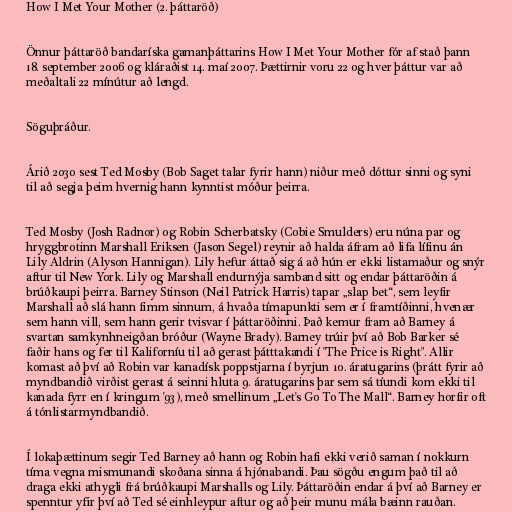
How I Met Your Mother (2. þáttaröð)

Önnur þáttaröð bandaríska gamanþáttarins How I Met Your Mother fór af stað þann
18. september 2006 og kláraðist 14. maí 2007. Þættirnir voru 22 og hver þáttur var að
meðaltali 22 mínútur að lengd.

Söguþráður.

Árið 2030 sest Ted Mosby (Bob Saget talar fyrir hann) niður með dóttur sinni og syni
til að segja þeim hvernig hann kynntist móður þeirra.

Ted Mosby (Josh Radnor) og Robin Scherbatsky (Cobie Smulders) eru núna par og
hryggbrotinn Marshall Eriksen (Jason Segel) reynir að halda áfram að lifa lífinu án
Lily Aldrin (Alyson Hannigan). Lily hefur áttað sig á að hún er ekki listamaður og snýr
aftur til New York. Lily og Marshall endurnýja samband sitt og endar þáttaröðin á
brúðkaupi þeirra. Barney Stinson (Neil Patrick Harris) tapar „slap bet“, sem leyfir
Marshall að slá hann fimm sinnum, á hvaða tímapunkti sem er í framtíðinni, hvenær
sem hann vill, sem hann gerir tvisvar í þáttaröðinni. Það kemur fram að Barney á
svartan samkynhneigðan bróður (Wayne Brady). Barney trúir því að Bob Barker sé
faðir hans og fer til Kaliforníu til að gerast þátttakandi í "The Price is Right". Allir
komast að því að Robin var kanadísk poppstjarna í byrjun 10. áratugarins (þrátt fyrir að
myndbandið virðist gerast á seinni hluta 9. áratugarins þar sem sá tíundi kom ekki til
kanada fyrr en í kringum '93), með smellinum „Let's Go To The Mall“. Barney horfir oft
á tónlistarmyndbandið.

Í lokaþættinum segir Ted Barney að hann og Robin hafi ekki verið saman í nokkurn
tíma vegna mismunandi skoðana sinna á hjónabandi. Þau sögðu engum það til að
draga ekki athygli frá brúðkaupi Marshalls og Lily. Þáttaröðin endar á því að Barney er
spenntur yfir því að Ted sé einhleypur aftur og að þeir munu mála bæinn rauðan.